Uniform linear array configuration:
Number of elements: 24
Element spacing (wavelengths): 0.5
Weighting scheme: binomial
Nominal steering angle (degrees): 15
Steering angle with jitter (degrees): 14.907
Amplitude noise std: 0.05
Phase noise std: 0.05

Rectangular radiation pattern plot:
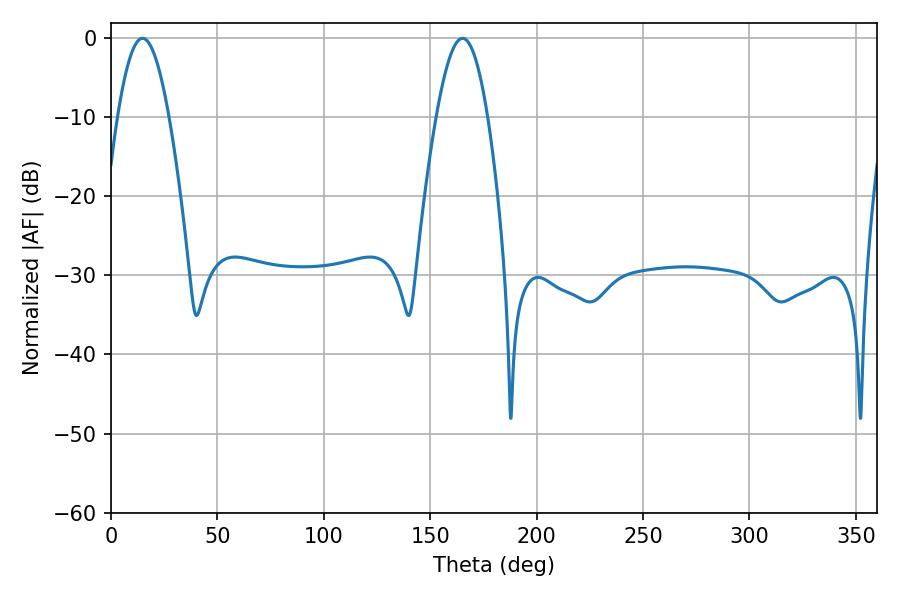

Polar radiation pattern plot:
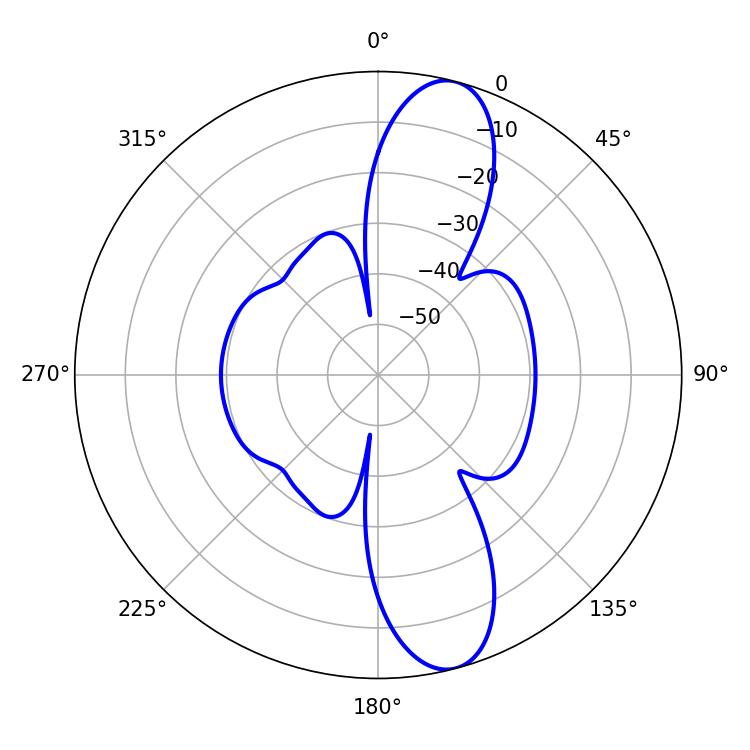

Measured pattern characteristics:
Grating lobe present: FALSE
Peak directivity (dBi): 11.948
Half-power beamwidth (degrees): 13.14
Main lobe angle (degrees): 14.76